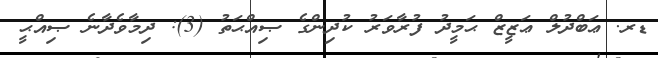
ޑރ. ޢަބްދުލް ޢަޒީޒް ޙަމީދު ފުރާވަރު ކުދިންގެ ޞިއްޙަތު (3): ދިމާވެދާނެ ޞިއްޙީ